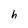
Character: h